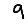
Digit: 9